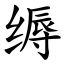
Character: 缛